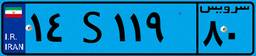
۱۴S۱۱۹۸۰